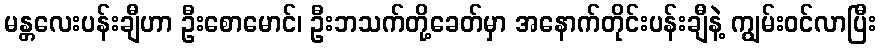
မန္တလေးပန်းချီဟာ ဦးစောမောင်၊ ဦးဘသက်တို့ခေတ်မှာ အနောက်တိုင်းပန်းချီနဲ့ ကျွမ်းဝင်လာပြီး